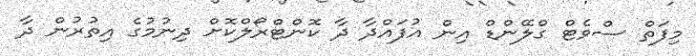
މިފަތް ސްވެޓް ގްލޭންޑް އިން އުފައްދާ ދާ ކޮންޓްރޯލްކޮށް ދިނުމުގެ އިތުރުން ދާ